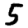
Digit: 5